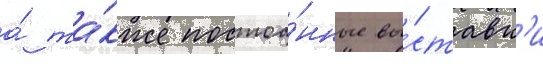
а́ та́кже постоа́нные вы́ставк'и